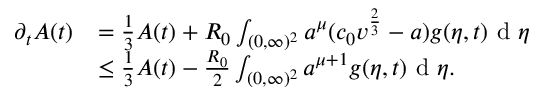
\begin{array} { r l } { \partial _ { t } A ( t ) } & { = \frac { 1 } { 3 } A ( t ) + R _ { 0 } \int _ { ( 0 , \infty ) ^ { 2 } } a ^ { \mu } ( c _ { 0 } v ^ { \frac { 2 } { 3 } } - a ) g ( \eta , t ) \textup { d } \eta } \\ & { \leq \frac { 1 } { 3 } A ( t ) - \frac { R _ { 0 } } { 2 } \int _ { ( 0 , \infty ) ^ { 2 } } a ^ { \mu + 1 } g ( \eta , t ) \textup { d } \eta . } \end{array}